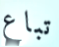
تباع